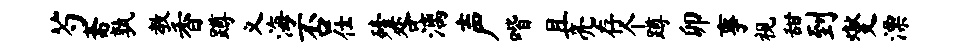
芍斋孰教香蹲义海否仕殪咎漓声喈且亮存个蹲卯事视甜到燮漂